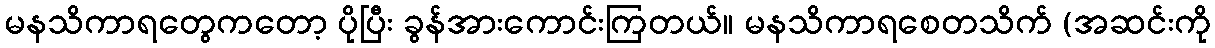
မနသိကာရတွေကတော့ ပိုပြီး ခွန်အားကောင်းကြတယ်။ မနသိကာရစေတသိက် (အဆင်းကို